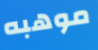
موهبه